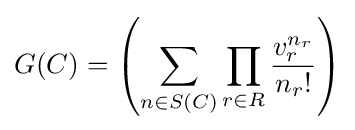
G(C)=\left(\sum _{n\in S(C)}\prod _{r\in R}{\frac {v_{r}^{n_{r}}}{n_{r}!}}\right)